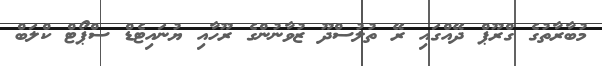
މުބާރާތުގެ ގްރޫޕް ދޭއްގައި ރޭ ތުލުސްދޫ ޒުވާނުންގެ ރޫހާއި ޔުނައިޓެޑް ސްޕޯޓް ކްލަބް